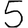
Digit: 5